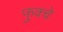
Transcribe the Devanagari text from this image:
फुक्चे